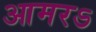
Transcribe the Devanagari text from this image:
आमरऽ